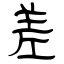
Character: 差